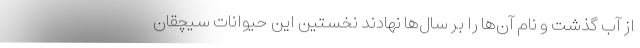
از آب گذشت و نام آن‌ها را بر سال‌ها نهادند نخستین این حیوانات سیچقان